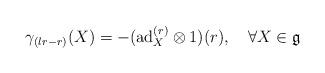
LaTeX: \begin{align*}\gamma_{(lr-r)}(X)=-(\mathrm{ad}_{X}^{(r)}\otimes 1)(r),\quad\forall X\in\mathfrak{g}\end{align*}